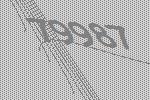
79987